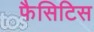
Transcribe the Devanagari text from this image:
फैसिटिस